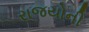
રાજયોની